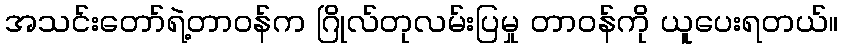
အသင်းတော်ရဲ့တာဝန်က ဂြိုလ်တုလမ်းပြမှု တာဝန်ကို ယူပေးရတယ်။